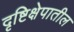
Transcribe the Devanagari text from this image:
दृष्टिक्षेपातील